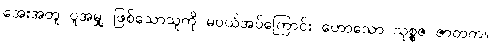
အေးအတူ ပူအမျှ ဖြစ်သောသူကို မပယ်အပ်ကြောင်း ဟောသော သုစ္စဇ ဇာတက။